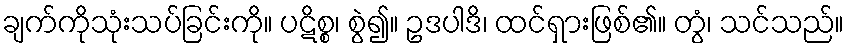
ချက်ကိုသုံးသပ်ခြင်းကို။ ပဋိစ္စ၊ စွဲ၍။ ဥဒပါဒိ၊ ထင်ရှားဖြစ်၏။ တွံ၊ သင်သည်။